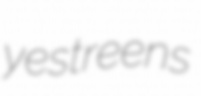
yestreens